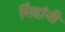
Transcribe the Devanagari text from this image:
सिंहांनी